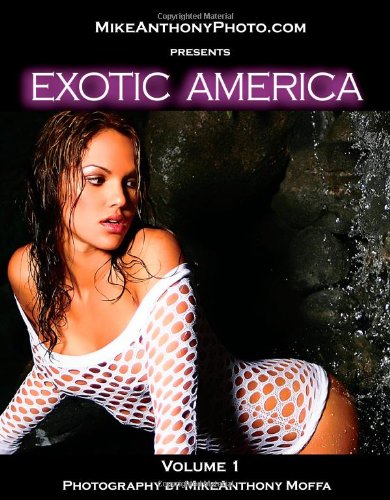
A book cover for Exotic America; MikeAnthony Moffa; Arts & Photography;